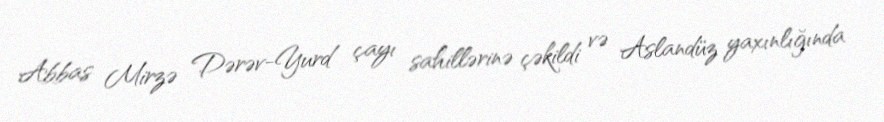
Abbas Mirzə Dərəv-Yurd çayı sahillərinə çəkildi və Aslandüz yaxınlığında